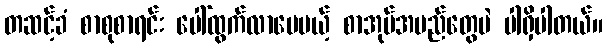
တဆင့်ခံ စာစုစာရင်း ပေါ်ထွက်လာပေမယ့် စာအုပ်အမည်တွေပဲ ပါရှိပါတယ်။